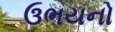
ઉભયનો